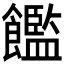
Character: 𫗝